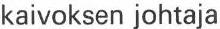
kaivoksen johtaja